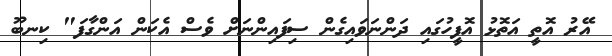
އޭރު އޮތީ އަތޮޅު އޮފީހުގައި ދަންނަވައިގެން ސިފައިންނަށް ވެސް އެކަން އަންގާފަ" ކިނބޫ